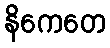
နိကေတေ